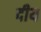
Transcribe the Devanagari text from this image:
दीय